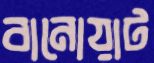
বানোয়াট